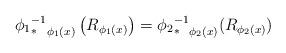
LaTeX: \begin{align*} {{\phi_1}^{-1}_*}_{\phi_1(x)}\left(R_{\phi_1(x)}\right)={{\phi_2}^{-1}_*}_{\phi_2(x)} (R_{\phi_2(x)} )\end{align*}